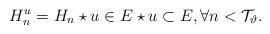
LaTeX: \begin{align*}H^u_n = H_n\star u \in E\star u \subset E, \forall n < {\cal T}_\vartheta. \end{align*}